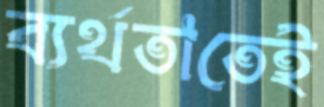
ব্যর্থতাতেই